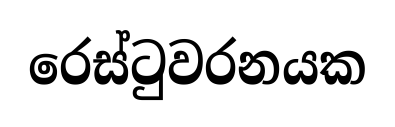
රෙස්ටුවරනයක